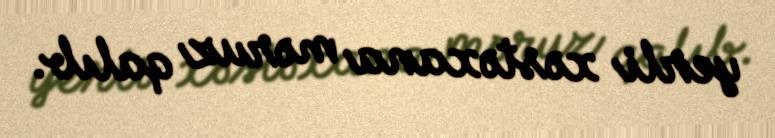
yerli xəstəxana məruz qalıb.